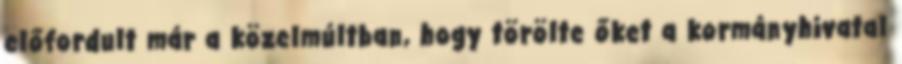
előfordult már a közelmúltban, hogy törölte őket a kormányhivatal